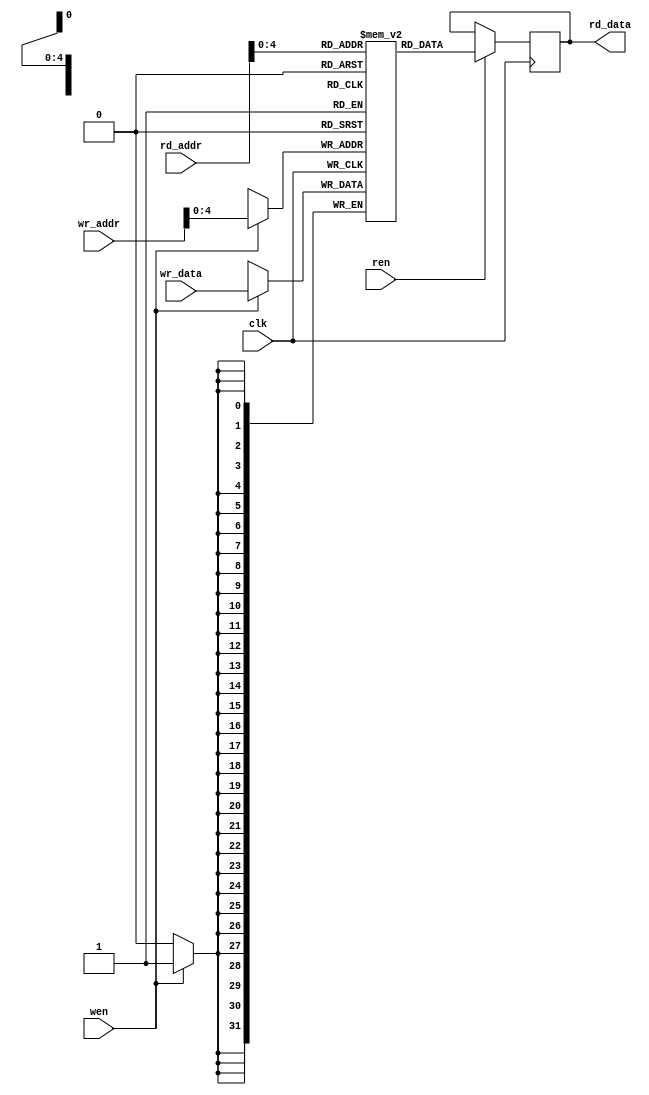
module datamemory(rd_data, rd_addr, wr_data, wr_addr, wen, ren, clk);

output reg [31:0] rd_data;
input [31:0] rd_addr, wr_addr;
input [31:0] wr_data;
input wen, ren;
input clk;

reg [31:0]datamemory[0:31];

always @(posedge clk ) begin
    
    if(wen) begin
        datamemory[wr_addr] <= wr_data;
    end
    
    if(ren) begin
        rd_data <= datamemory[rd_addr];
    end
end

endmodule